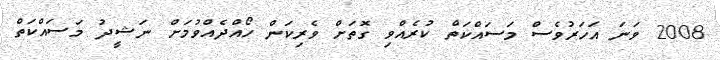
2008 ވަނަ އަހަރުވެސް މަސައްކަތް ކުރެއްވި ގޮތަށް ވެރިކަން ހޯއްދެއްވުމަށް ނަޝީދު މަސައްކަތް